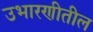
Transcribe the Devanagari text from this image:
उभारणीतील